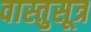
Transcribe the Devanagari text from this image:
वास्तुसूत्र